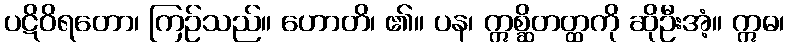
ပဋိဝိရတော၊ ကြဉ်သည်။ ဟောတိ၊ ၏။ ပန၊ ဣစ္ဆိတတ္ထကို ဆိုဦးအံ့။ ဣဓ၊